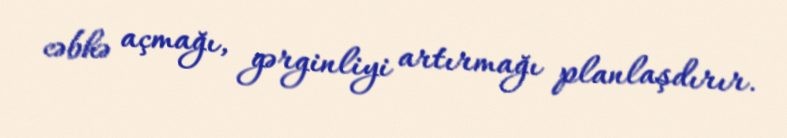
cəbhə açmağı, gərginliyi artırmağı planlaşdırır.